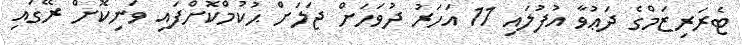
ޓެރަރިޒަމްގެ ދަޢުވާ އުފުލައި 11 އަހަރު ދުވަހަށް ޖަލަށް ޙުކުމްކޮށްފައި ވަނިކޮށް ރޭގައި